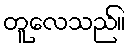
တူလေသည်။